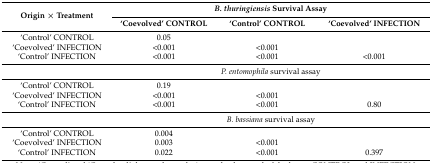
<table><thead><tr><td rowspan="2"><b>Origin × Treatment</b></td><td colspan="3"><b><i>B. thuringiensis</i> Survival Assay</b></td></tr><tr><td><b>‘Coevolved’ CONTROL</b></td><td><b>‘Control’ CONTROL</b></td><td><b>‘Coevolved’ INFECTION</b></td></tr></thead><tbody><tr><td>‘Control’ CONTROL</td><td>0.05</td><td></td><td></td></tr><tr><td>‘Coevolved’ INFECTION</td><td>&lt;0.001</td><td>&lt;0.001</td><td></td></tr><tr><td>‘Control’ INFECTION</td><td>&lt;0.001</td><td>&lt;0.001</td><td>&lt;0.001</td></tr><tr><td></td><td colspan="3"><i>P. entomophila</i> survival assay</td></tr><tr><td>‘Control’ CONTROL</td><td>0.19</td><td></td><td></td></tr><tr><td>‘Coevolved’ INFECTION</td><td>&lt;0.001</td><td>&lt;0.001</td><td></td></tr><tr><td>‘Control’ INFECTION</td><td>&lt;0.001</td><td>&lt;0.001</td><td>0.80</td></tr><tr><td></td><td colspan="3"><i>B. bassiana</i> survival assay</td></tr><tr><td>‘Control’ CONTROL</td><td>0.004</td><td></td><td></td></tr><tr><td>‘Coevolved’ INFECTION</td><td>0.003</td><td>&lt;0.001</td><td></td></tr><tr><td>‘Control’ INFECTION</td><td>0.022</td><td>&lt;0.001</td><td>0.397</td></tr></tbody></table>